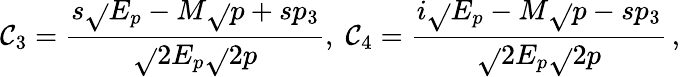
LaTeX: \mathcal{C}_{3}={\frac{{s\sqrt{}{{E_{p}-M}}\sqrt{}{{p+sp_{3}}}}}{{\sqrt{}{{2E_{p}}}\sqrt{}{{2p}}}}},\; \mathcal{C}_{4}={\frac{{i\sqrt{}{{E_{p}-M}}\sqrt{}{{p-sp_{3}}}}}{{\sqrt{}{{2E_{p}}}\sqrt{}{{2p}}}}}\, ,